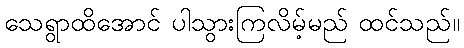
သေရွာထိအောင် ပါသွားကြလိမ့်မည် ထင်သည်။